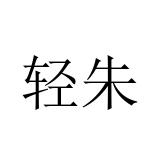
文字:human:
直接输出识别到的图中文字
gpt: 轻朱